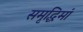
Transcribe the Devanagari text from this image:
समृद्धिमां